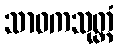
သာဝကသုတ္တံ